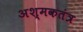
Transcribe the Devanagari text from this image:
अश्मकतंत्र